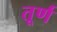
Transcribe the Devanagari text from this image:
तूर्ण